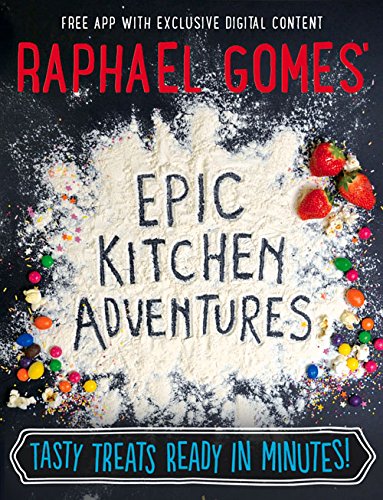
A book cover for Epic Kitchen Adventures: Tasty Treats Ready In Minutes!; Raphael Gomes; Humor & Entertainment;